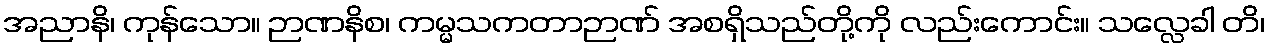
အညာနိ၊ ကုန်သော။ ဉာဏနိစ၊ ကမ္မသကတာဉာဏ် အစရှိသည်တို့ကို လည်းကောင်း။ သလ္လေခါ တိ၊